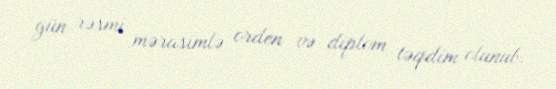
gün rəsmi mərasimlə orden və diplom təqdim olunub.